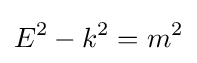
E^{2}-k^{2}=m^{2}